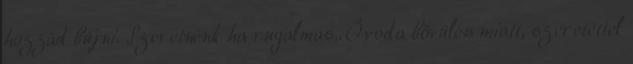
hozzád bújni. Szeretnénk ha rugalmas,. Óvoda bővülés miatt, szeretettel